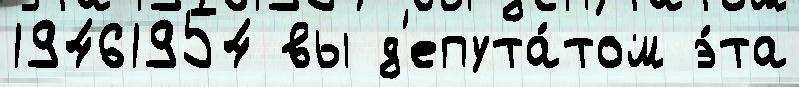
19461954 вы д'епута́том э́та